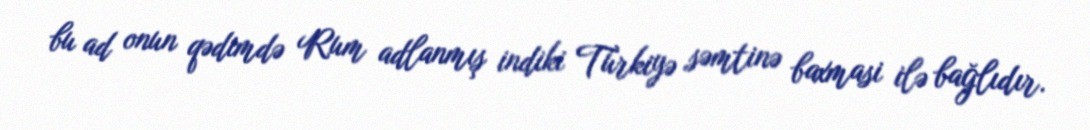
bu ad onun qədimdə Rum adlanmış indiki Türkiyə səmtinə baxmasi ilə bağlıdır.